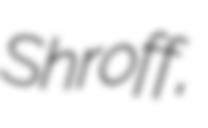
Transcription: Shroff,